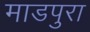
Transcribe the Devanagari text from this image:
माडपुरा